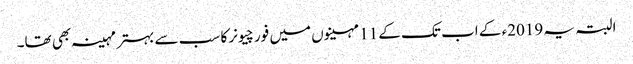
البتہ یہ 2019ء کے اب تک کے 11 مہینوں میں فورچیونر کا سب سے بہتر مہینہ بھی تھا۔